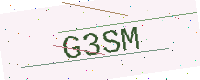
Text: G3SM